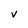
Character: v